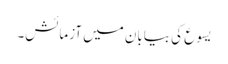
یسوع کی بیابان میں آزمائش۔